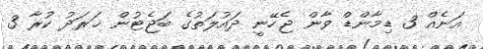
އަނެއް 3 ޑިމާންޑް ވާން ޖެހޭނީ ދައުލަތުގެ ބަޖެޓުން ޚަރަދު ކުރާ 3